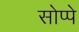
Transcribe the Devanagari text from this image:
सोप्पे